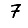
Digit: 7